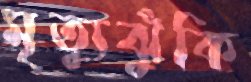
মৃত্যুঝুঁকি